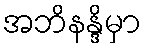
အဘိနန္ဒိမှာ